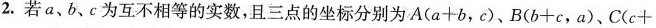
2.若a、b、e为互不相等的实数，且三点的坐标分别为$$A ( a + b，c )$$、$$B ( b + c ， a )$$、$$C ( c +